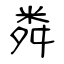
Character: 粦